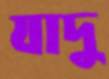
যাদু